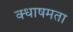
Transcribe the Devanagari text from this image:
क्धाषमता